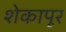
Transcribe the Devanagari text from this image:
शेकापूर